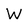
Character: W